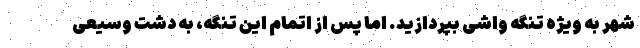
شهر به ویژه تنگه واشی بپردازید. اما پس از اتمام این تنگه، به دشت وسیعی